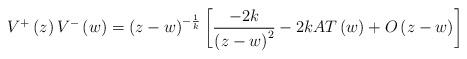
LaTeX: \begin{align*}V^{+}\left( z\right) V^{-}\left( w\right) =\left( z-w\right)^{-\frac 1k}\left[ \frac{-2k}{\left( z-w\right) ^2}-2kAT\left( w\right)+O\left( z-w\right) \right]\end{align*}